Burma Government Medical School reports 1923-41
Year: 1923
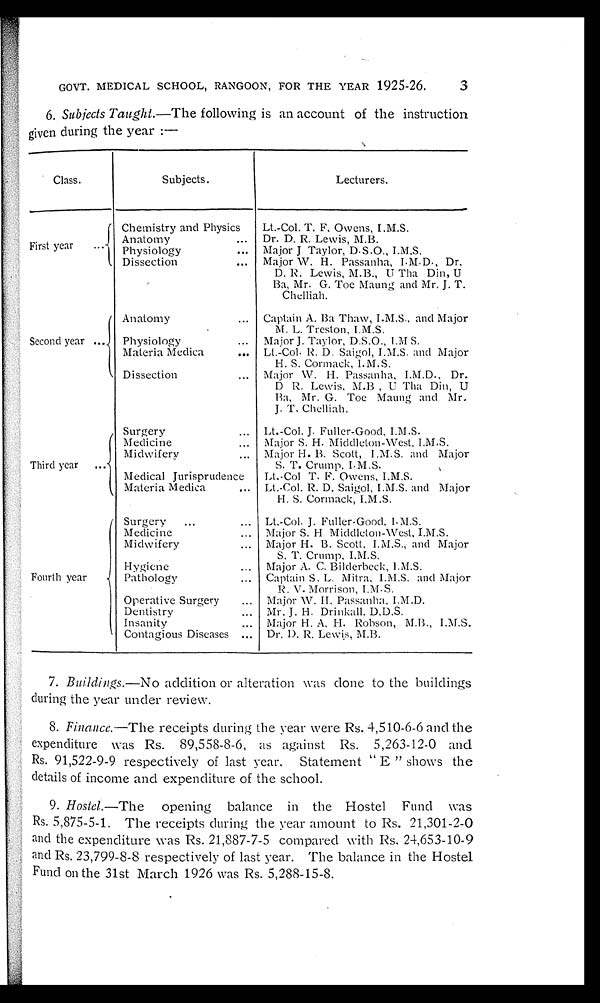
GOVT. MEDICAL SCHOOL, RANGOON, FOR THE YEAR 1925-26.
6. Subjects Taught.— The following is an account of the instruction
given during the year:—
Class.
Subjects.
Lecturers.
F i r s t y e a r . . .
Chemistry and Physics
Lt.-Col. T. F. Owens, I.M.S.
Anatomy . . .
Dr. D. R. Lewis, M.B.
Physiology . . .
Major J Taylor, D.S.O., I.M.S.
Dissection . . .
Major W. H. Passanha, I.M.D., Dr.
D. R. Lewis, M.B., U Tha Din, U
Ba, Mr. G. Toe Maung and Mr. J. T.
Chelliah.
Second year . . .
Anatomy . . .
Captain A. Ba Thaw, I.M.S., and Major
M. L. Treston, I.M.S.
Physiology . . .
Major J. Taylor, D.S.O., I.M S.
Materia Medica . . .
Lt.-Col. R. D. Saigol, I.M.S. and Major
H. S. Cormack, I.M.S.
Dissection . . .
Major W. H. Passanha, I.M.D., Dr.
D R. Lewis, M.B U Tha Din, U
Ba, Mr. G. Toe Maung and Mr.
J. T. Chelliah.
Third year . . .
Surgery . . .
Lt.-Col. J. Fuller-Good, I.M.S.
Medicine . . .
Major S. H. Middleton-West, I.M.S.
Midwifery . . .
Major H. B. Scott, I.M.S. and Major
S. T. Crump, I.M.S.
Medical Jurisprudence
Lt.-Col T. F. Owens, I.M.S.
Materia Medica . . .
Lt.-Col. R. D. Saigol, I.M.S. and Major
H. S. Cormack, I.M.S.
Fourth year . . .
Surgery . . .
Lt.-Col. J. Fuller-Good, I.M.S.
Medicine . . .
Major S. H Middleton-West, I.M.S.
Midwifery . . .
Major H. B. Scott, I.M.S., and Major
S. T. Crump. I.M.S.
Hygiene . . .
Major A. C. Bilderbeck, I.M.S.
Pathology . . .
Captain S. L. Mitra, I.M.S. and Major
R. V. Morrison, I.M.S.
Operative Surgery . . .
Major W. H. Passanha, I.M.D.
Dentistry . . .
Mr. J. H. Drinkall, D.D.S.
Insanity . . .
Major H. A. H. Robson, M.B., I.M.S.
Contagious Diseases . . .
Dr. D. R. Lewis, M.B.
7. Buildings.— No addition or alteration was done to the buildings
during the year under review.
8. Finance.—The receipts during the year were Rs. 4,510-6-6 and the
expenditure was Rs. 89,558-8-6, as against Rs. 5,263-12-0 and
Rs. 91,522-9-9 respectively of last year. Statement "E" shows the
details of income and expenditure of the school.
9. Hostel.—The opening balance in the Hostel Fund was
Rs. 5,875-5-1. The receipts during the year amount to Rs. 21,301-2-0
and the expenditure was Rs. 21,887-7-5 compared with Rs. 24,653-10-9
and Rs. 23,799-8-8 respectively of last year. The balance in the Hostel
Fund on the 31st March 1926 was Rs. 5,288-15-8.
3